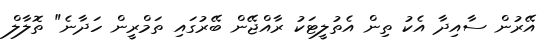
އޭރުން ސާއިދާ އެކު ތިން އެތުލީޓަކު ރާއްޖޭން ބޭރުގައި ތަމްރީން ހަދާނެ" ތޮލާލް